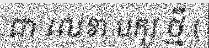
ជា លេខា បក្ស ថ្មី (